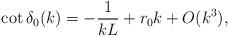
LaTeX: \begin{align*}\cot\delta_0(k) = -\frac{1}{kL} +r_0k + O(k^3), \end{align*}